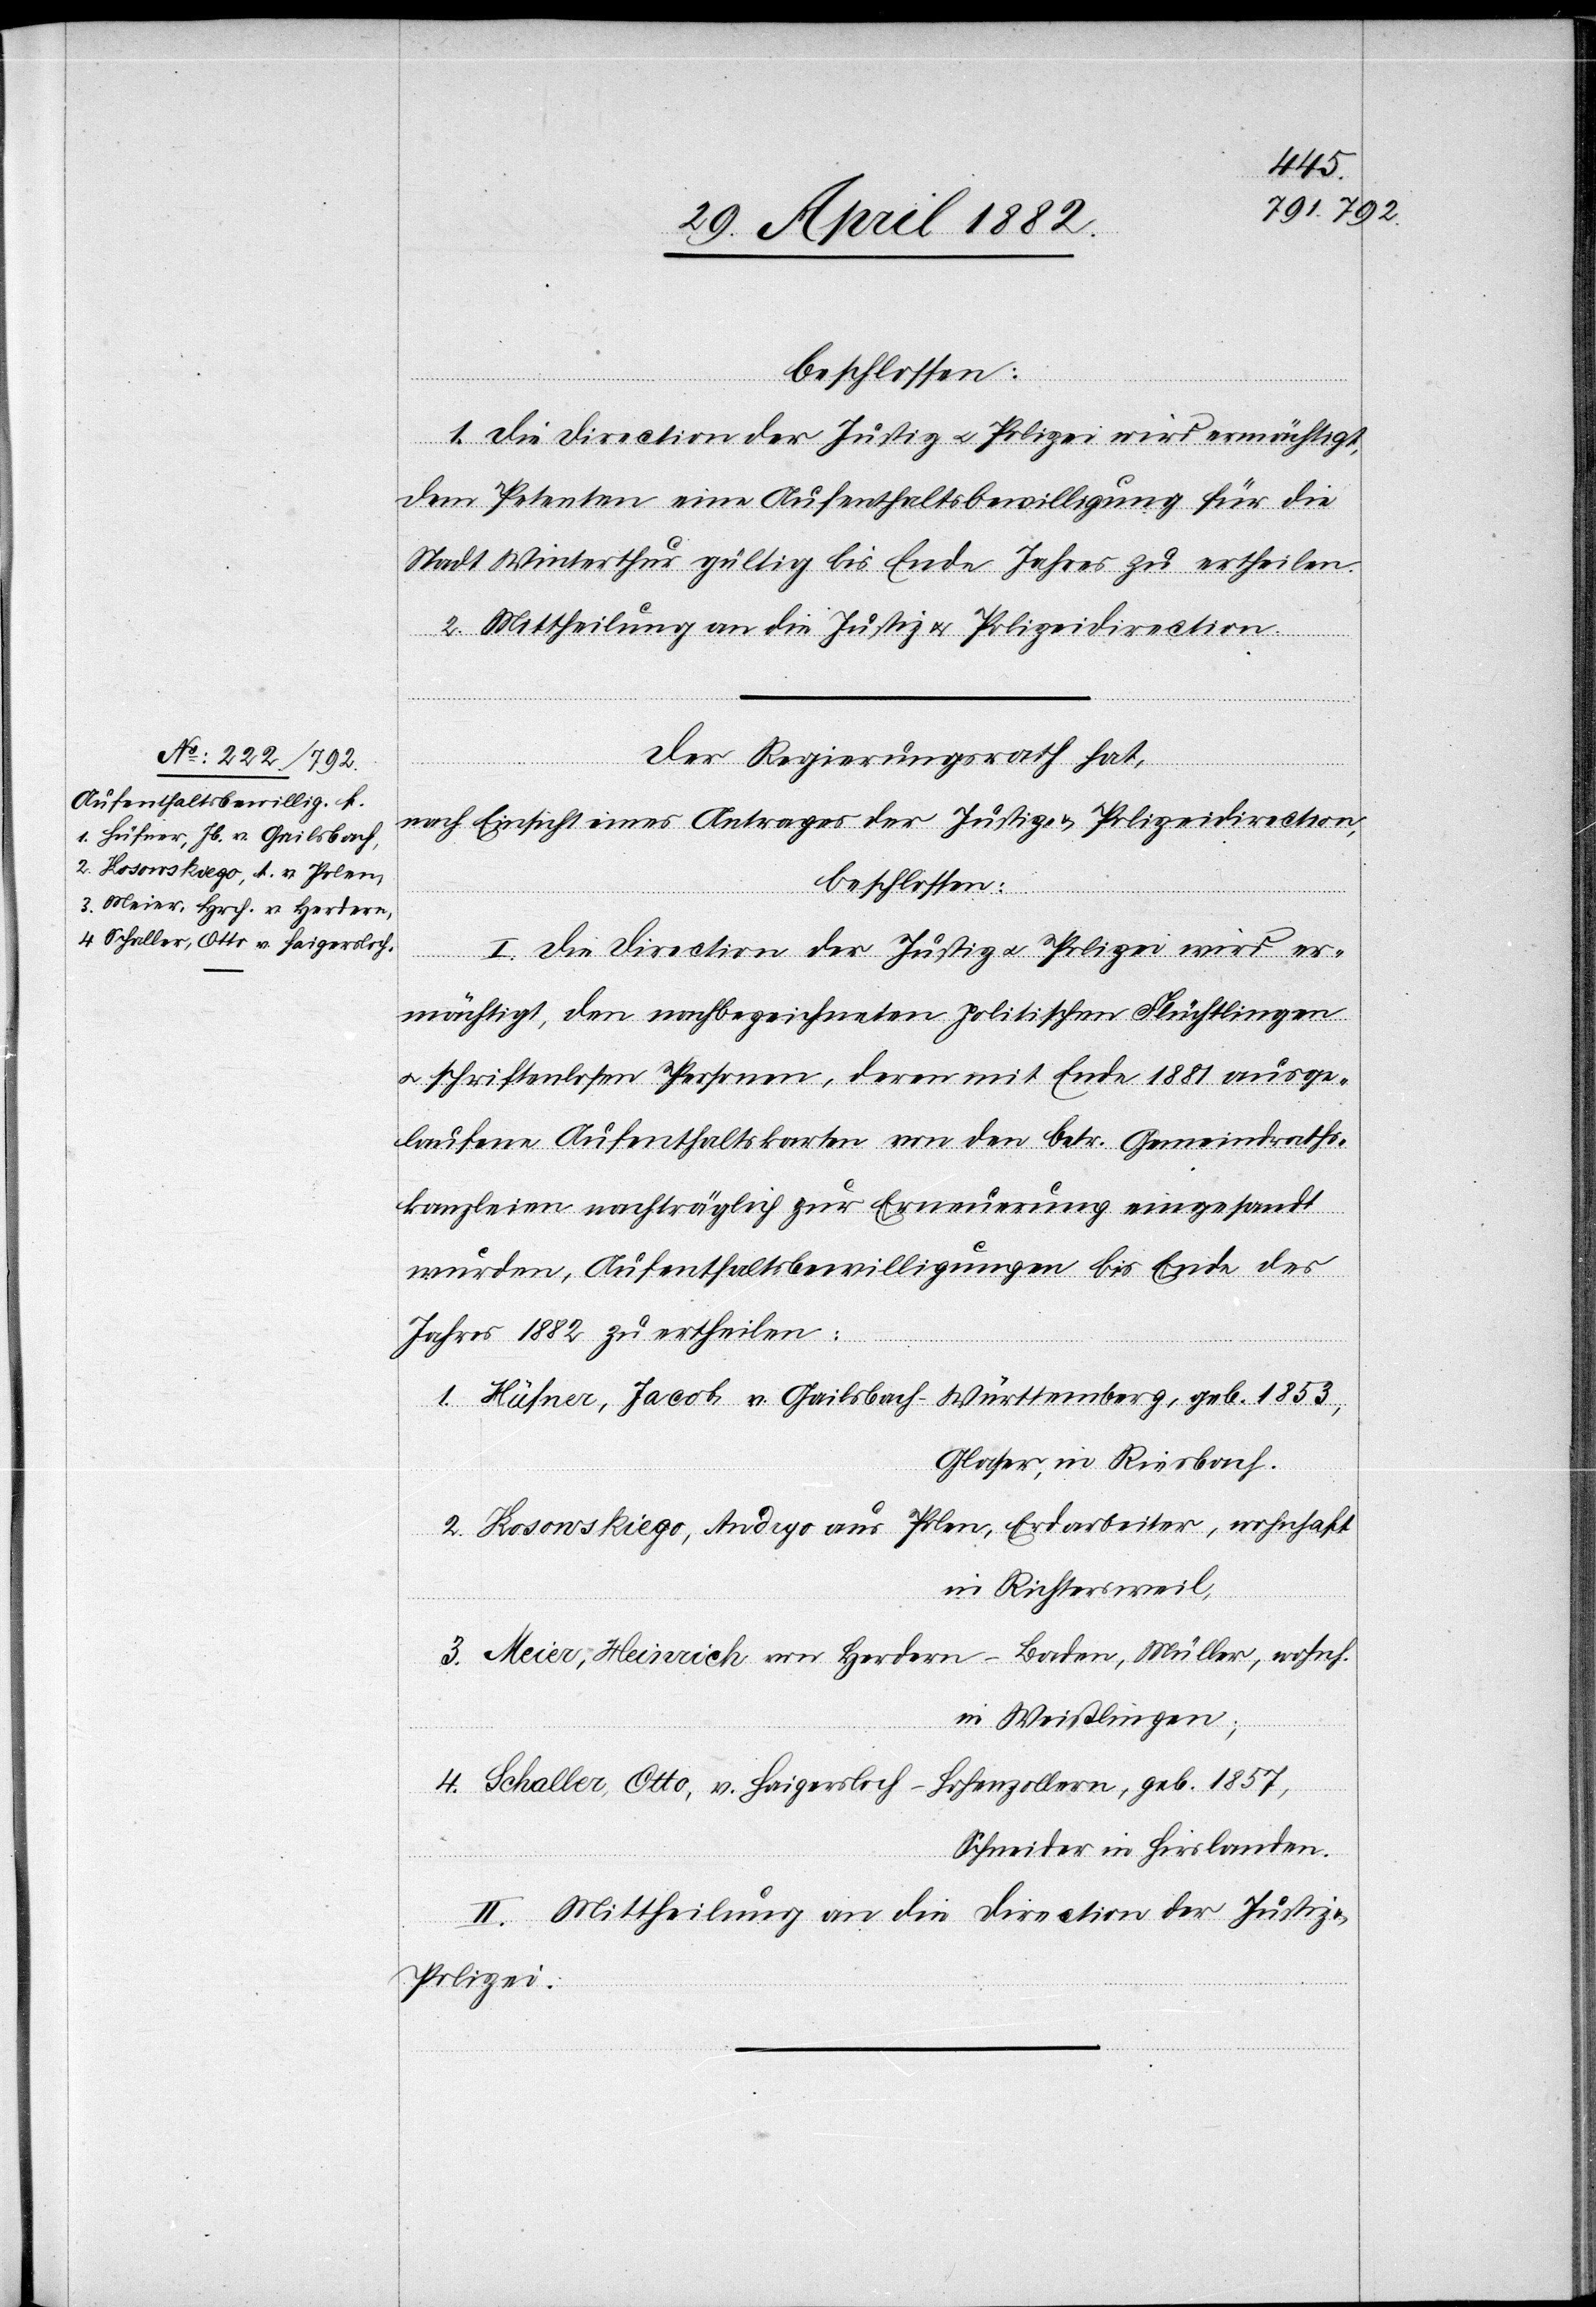
beschlossen:
1. Die Direction der Justiz u. Polizei wird ermächtigt,
dem Petenten eine Aufenthaltsbewilligung für die
Stadt Winterthur gültig bis Ende Jahres zu ertheilen.
2. Mittheilung an die Justiz[-] u. Polizeidirection.
Der Regierungsrath hat,
nach Einsicht eines Antrages der Justiz- & Polizeidirection,
beschlossen:
I. Die Direction der Justiz u. Polizei wird er¬
mächtigt, den nachbezeichneten politischen Flüchtlingen
u. schriftenlosen Personen, deren mit Ende 1881 ausge¬
laufene Aufenthaltskarten von den betr. Gemeindraths¬
kanzleien nachträglich zur Erneuerung eingesandt
wurden, Aufenthaltsbewilligungen bis Ende des
Jahres 1882 zu ertheilen:
1. Hüfner, Jacob, v. Gailsbach - Württemberg, geb. 1853,
Glaser, in Riesbach.
2. Kosowskiego, Andrgo aus Polen, Erdarbeiter, wohnhaft
in Richtersweil,
3. Meier, Heinrich von Herdern - Baden, Müller, wohnh.
in Weißlingen;
4. Schaller, Otto, v. Haigersloch - Hohenzollern, geb. 1857,
Schneider in Hirslanden.
II. Mittheilung an die Direction der Justiz
Polizei.